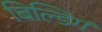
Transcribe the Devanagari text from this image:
बिल्डिगं